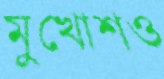
মুখোশও